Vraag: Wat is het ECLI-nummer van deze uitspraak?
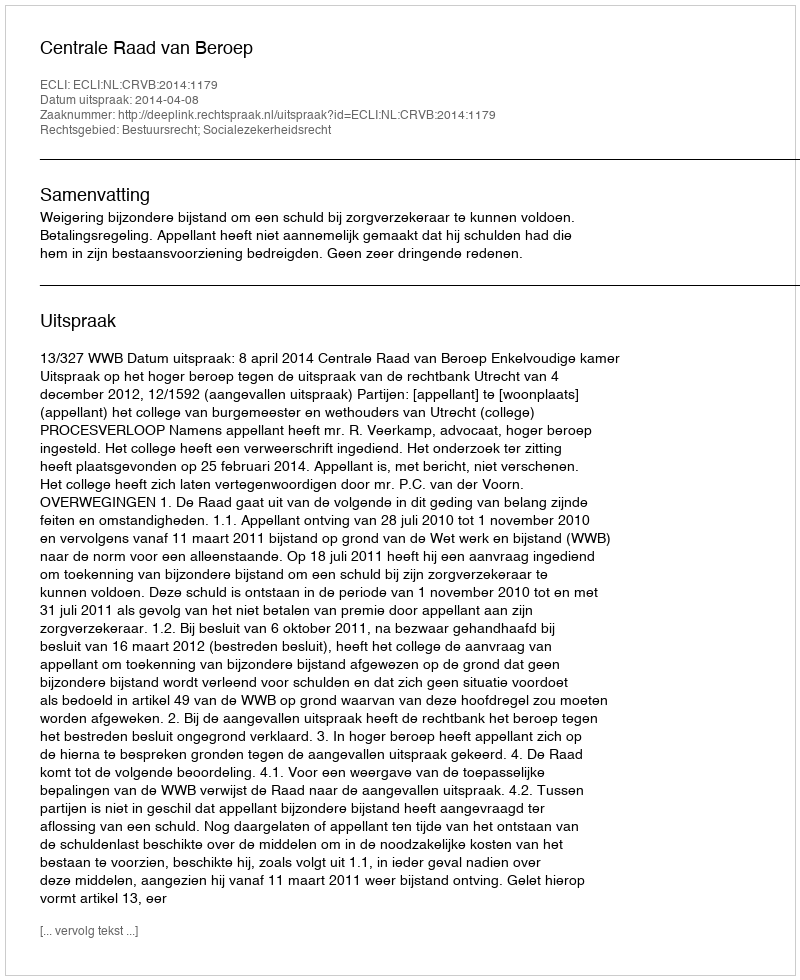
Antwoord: ECLI:NL:CRVB:2014:1179